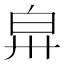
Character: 𤽒